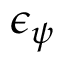
\epsilon _ { \psi }